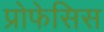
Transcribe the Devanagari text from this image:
प्रोफेसिस